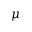
\mu